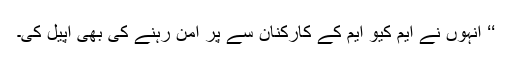
‘‘ انہوں نے ایم کیو ایم کے کارکنان سے پر امن رہنے کی بھی اپیل کی۔